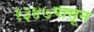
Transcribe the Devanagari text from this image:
१३४७पासून